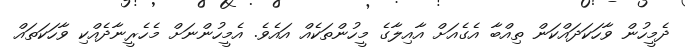
ދެމީހުން ވާހަކަދައްކަން ތިއްބާ އެގެއަށް އާއިލާގެ މީހުންތަކެއް އައެވެ. އެމީހުންނަށް މެހެރީނާދެއްކި ވާހަކަތައް